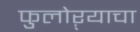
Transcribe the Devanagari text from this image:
फुलोऱ्याचा